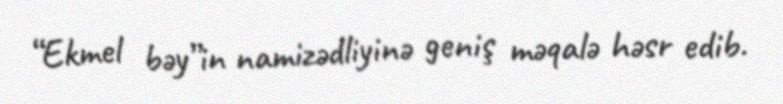
“Ekmel bəy”in namizədliyinə geniş məqalə həsr edib.